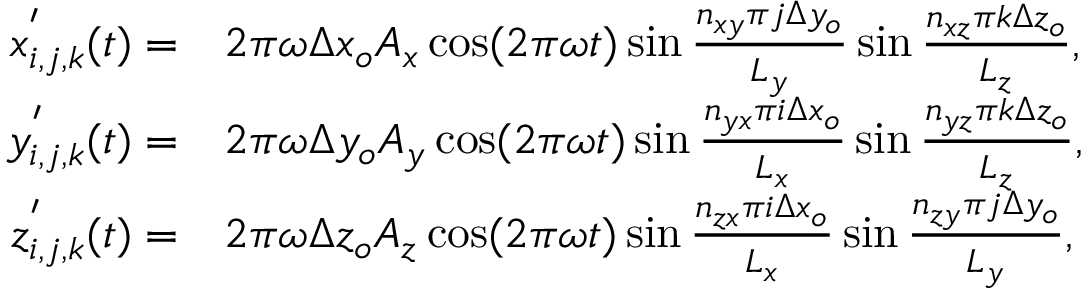
\begin{array} { r l } { x _ { i , j , k } ^ { ' } ( t ) = } & { 2 \pi \omega \Delta x _ { o } A _ { x } \cos ( 2 \pi \omega t ) \sin \frac { n _ { x y } \pi j \Delta y _ { o } } { L _ { y } } \sin \frac { n _ { x z } \pi k \Delta z _ { o } } { L _ { z } } , } \\ { y _ { i , j , k } ^ { ' } ( t ) = } & { 2 \pi \omega \Delta y _ { o } A _ { y } \cos ( 2 \pi \omega t ) \sin \frac { n _ { y x } \pi i \Delta x _ { o } } { L _ { x } } \sin \frac { n _ { y z } \pi k \Delta z _ { o } } { L _ { z } } , } \\ { z _ { i , j , k } ^ { ' } ( t ) = } & { 2 \pi \omega \Delta z _ { o } A _ { z } \cos ( 2 \pi \omega t ) \sin \frac { n _ { z x } \pi i \Delta x _ { o } } { L _ { x } } \sin \frac { n _ { z y } \pi j \Delta y _ { o } } { L _ { y } } , } \end{array}